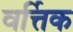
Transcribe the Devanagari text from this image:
वर्त्तिक